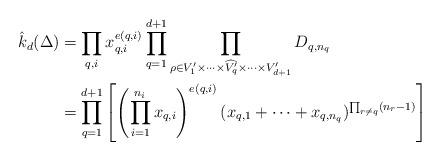
LaTeX: \begin{align*}\hat{k}_d(\Delta)&= \prod_{q,i} x_{q,i}^{e(q,i)} \prod_{q=1}^{d+1} \prod_{\rho\in V'_1\times\cdots\times\widehat{V'_q}\times\cdots\times V'_{d+1}} D_{q,n_q}\\&= \prod_{q=1}^{d+1} \left[ \left(\prod_{i=1}^{n_i} x_{q,i}\right)^{e(q,i)}(x_{q,1}+\cdots+x_{q,n_q})^{\prod_{r\neq q}(n_{r}-1)} \right]\end{align*}